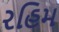
રહિમ